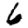
Digit: 6